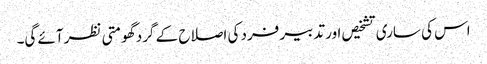
اس کی ساری تشخیص اور تدبیر فرد کی اصلاح کے گرد گھومتی نظر آئے گی۔